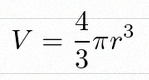
V=\frac43\pi r^3